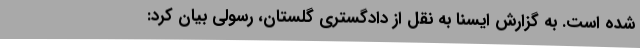
شده است. به گزارش ایسنا به نقل از دادگستری گلستان، رسولی بیان کرد: